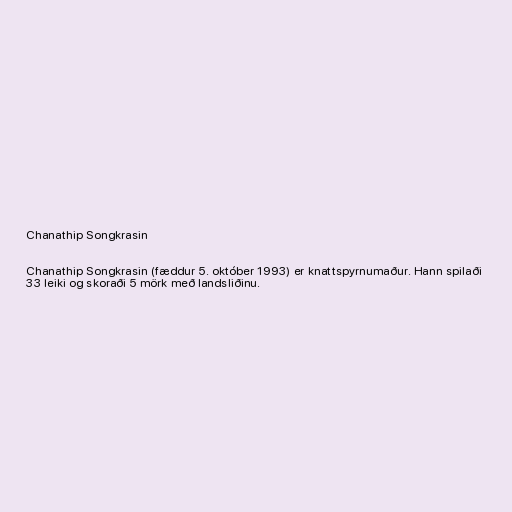
Chanathip Songkrasin

Chanathip Songkrasin (fæddur 5. október 1993) er knattspyrnumaður. Hann spilaði
33 leiki og skoraði 5 mörk með landsliðinu.